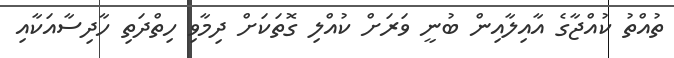
ތުއްތު ކުއްޖާގެ އާއިލާއިން ބުނީ ވަރަށް ކުއްލި ގޮތަކަށް ދިމާވި ހިތްދަތި ހާދިސާއަކާއި